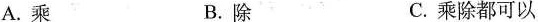
A.乘B.除C.乘除都可以